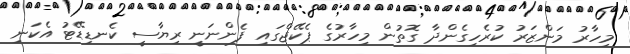
މިހާރު މަންޒަރު ކުރެހިގެންދާ ގޮތުން މިހާރުގެ ޕެކޭޖްގައި ފެންނަނީ ރިޔާސީ ކެނޑިޑޭޓު އެކަނި